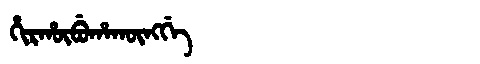
Manchu: ᡥᡳᡵᡥᡡᠪᡠᡥᠠᡴᡡᠩᡤᡝ
Romanization: HIRHŪBUHAKŪNGGE